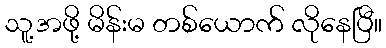
သူ့အဖို့ မိန်းမ တစ်ယောက် လိုနေပြီ။